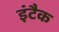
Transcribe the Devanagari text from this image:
इंटैक